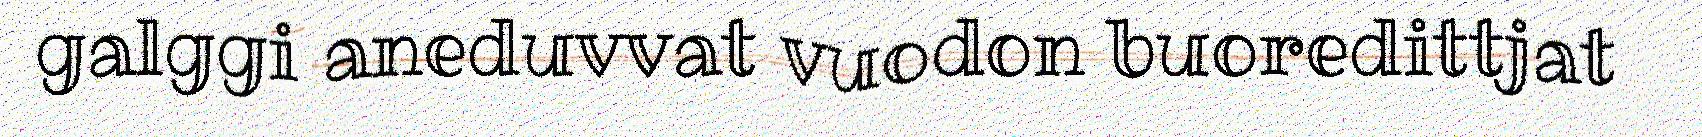
galggi aneduvvat vuodon buoredittjat